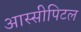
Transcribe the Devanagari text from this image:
आस्सीपिटल